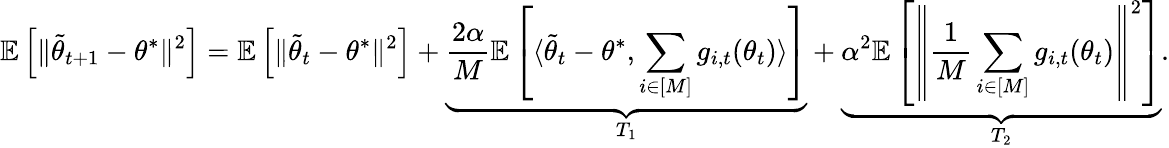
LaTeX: \mathbb{E}\left[\Vert\tilde{\theta}_{t+1}-\theta^{*}\Vert^{2}\right]=\mathbb{E}\left[\Vert\tilde{\theta}_{t}-\theta^{*}\Vert^{2}\right]+\underbrace{\frac{2\alpha}{M}\mathbb{E}\left[\langle\tilde{\theta}_{t}-\theta^{*},\sum_{i\in[M]}g_{i,t}(\theta_{t})\rangle\right]}_{T_{1}}+\underbrace{\alpha^{2}\mathbb{E}\left[\left\Vert\frac{1}{M}\sum_{i\in[M]}g_{i,t}(\theta_{t})\right\Vert^{2}\right]}_{T_{2}}.